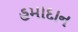
હમાદાન